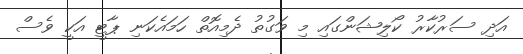
އަދި ސަރުކާރު ކޯލިޝަންގައި މި ވަގުތު ދެމިއޮތް ހަމައެކަނި ޕާޓީ އަކީ ވެސް